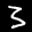
Label: 3